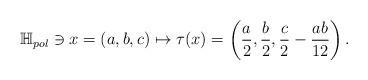
LaTeX: \begin{align*}\mathbb{H}_{pol}\ni x=(a,b,c)\mapsto \tau(x)=\left(\frac{a}{2},\frac{b}{2},\frac{c}{2}-\frac{ab}{12}\right).\end{align*}